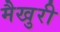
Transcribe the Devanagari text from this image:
मैखुरी